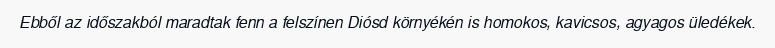
Ebből az időszakból maradtak fenn a felszínen Diósd környékén is homokos, kavicsos, agyagos üledékek.